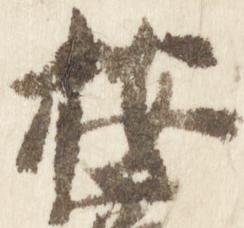
按